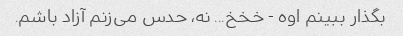
بگذار ببینم اوه - خخخ... نه، حدس می‌زنم آزاد باشم.